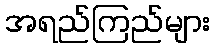
အရည်ကြည်များ